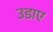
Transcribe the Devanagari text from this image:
उडाए